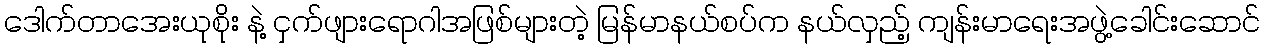
ဒေါက်တာအေးယုစိုး နဲ့ ငှက်ဖျားရောဂါအဖြစ်များတဲ့ မြန်မာနယ်စပ်က နယ်လှည့် ကျန်းမာရေးအဖွဲ့ခေါင်းဆောင်